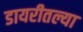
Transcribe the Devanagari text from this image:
डायरीतल्या